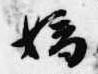
嫡